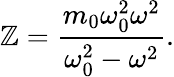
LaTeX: \mathbb{Z}=\frac{{m_{0}\omega_{0}^{2}\omega^{2}}}{{\omega_{0}^{2}-\omega^{2}}}.